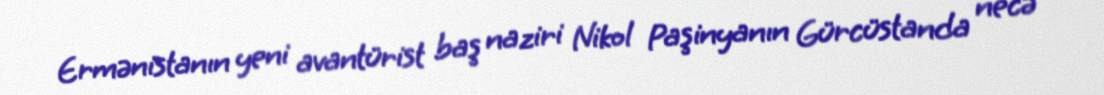
Ermənistanın yeni avantürist baş naziri Nikol Paşinyanın Gürcüstanda necə